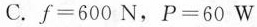
C.f=600N，P=60W